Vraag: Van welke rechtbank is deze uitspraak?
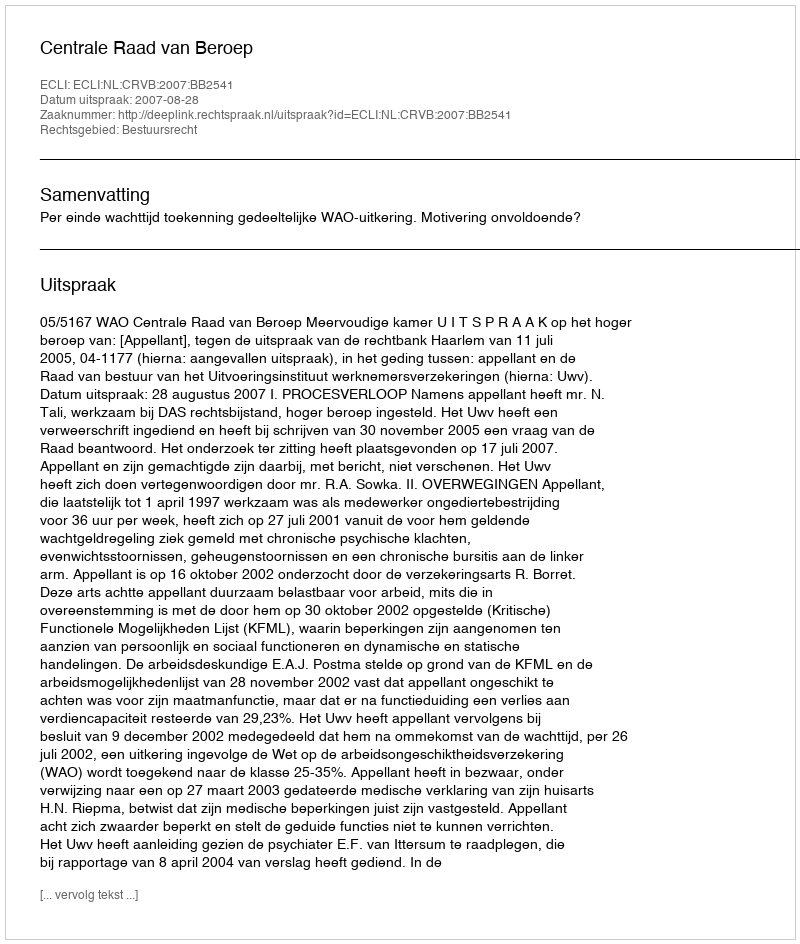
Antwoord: Centrale Raad van Beroep